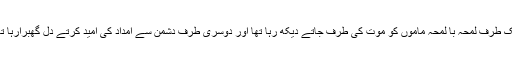
ایک طرف لمحہ با لمحہ ماموں کو موت کی طرف جاتے دیکھ رہا تھا اور دوسری طرف دشمن سے امداد کی امید کرتے دل گھبرارہا تھا۔